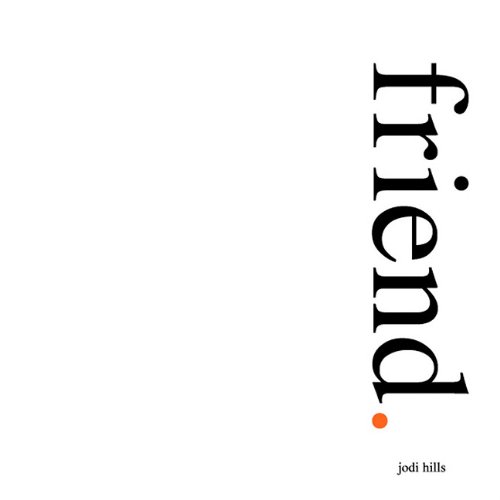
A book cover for friend.; Jodi Hills; Self-Help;